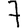
Digit: 7